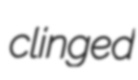
clinged